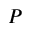
P